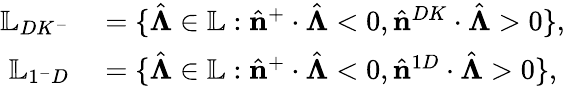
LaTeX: \begin{array}{rl}{\mathbb{L}_{DK^{-}}}&{{}=\{ \hat{\boldsymbol{\Lambda}}\in\mathbb{L}:\hat{\mathbf{n}}^{+}\cdot\hat{\boldsymbol{\Lambda}}<0,\hat{\mathbf{n}}^{DK}\cdot\hat{\boldsymbol{\Lambda}}>0\} ,}\\ {\mathbb{L}_{1^{-}D}}&{{}=\{ \hat{\boldsymbol{\Lambda}}\in\mathbb{L}:\hat{\mathbf{n}}^{+}\cdot\hat{\boldsymbol{\Lambda}}<0,\hat{\mathbf{n}}^{1D}\cdot\hat{\boldsymbol{\Lambda}}>0\} ,}\end{array}